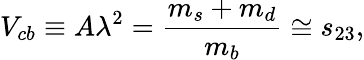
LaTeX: V_{cb}\equiv A\lambda^{2}={\frac{m_{s}+m_{d}}{m_{b}}}\cong s_{23},